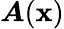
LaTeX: \boldsymbol{A}(\textbf{x})